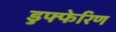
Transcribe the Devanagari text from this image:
डुफ्फेरिण